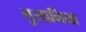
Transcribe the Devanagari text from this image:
लुसानिया